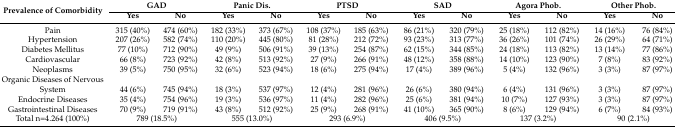
<table><thead><tr><td rowspan="2"><b>Prevalence of Comorbidity</b></td><td colspan="2"><b>GAD</b></td><td colspan="2"><b>Panic Dis.</b></td><td colspan="2"><b>PTSD</b></td><td colspan="2"><b>SAD</b></td><td colspan="2"><b>Agora Phob.</b></td><td colspan="2"><b>Other Phob.</b></td></tr><tr><td><b>Yes</b></td><td><b>No</b></td><td><b>Yes</b></td><td><b>No</b></td><td><b>Yes</b></td><td><b>No</b></td><td><b>Yes</b></td><td><b>No</b></td><td><b>Yes</b></td><td><b>No</b></td><td><b>Yes</b></td><td><b>No</b></td></tr></thead><tbody><tr><td>Pain</td><td>315 (40%)</td><td>474 (60%)</td><td>182 (33%)</td><td>373 (67%)</td><td>108 (37%)</td><td>185 (63%)</td><td>86 (21%)</td><td>320 (79%)</td><td>25 (18%)</td><td>112 (82%)</td><td>14 (16%)</td><td>76 (84%)</td></tr><tr><td>Hypertension</td><td>207 (26%)</td><td>582 (74%)</td><td>110 (20%)</td><td>445 (80%)</td><td>81 (28%)</td><td>212 (72%)</td><td>93 (23%)</td><td>313 (77%)</td><td>36 (26%)</td><td>101 (74%)</td><td>26 (29%)</td><td>64 (71%)</td></tr><tr><td>Diabetes Mellitus</td><td>77 (10%)</td><td>712 (90%)</td><td>49 (9%)</td><td>506 (91%)</td><td>39 (13%)</td><td>254 (87%)</td><td>62 (15%)</td><td>344 (85%)</td><td>24 (18%)</td><td>113 (82%)</td><td>13 (14%)</td><td>77 (86%)</td></tr><tr><td>Cardiovascular</td><td>66 (8%)</td><td>723 (92%)</td><td>42 (8%)</td><td>513 (92%)</td><td>27 (9%)</td><td>266 (91%)</td><td>48 (12%)</td><td>358 (88%)</td><td>14 (10%)</td><td>123 (90%)</td><td>7 (8%)</td><td>83 (92%)</td></tr><tr><td>Neoplasms</td><td>39 (5%)</td><td>750 (95%)</td><td>32 (6%)</td><td>523 (94%)</td><td>18 (6%)</td><td>275 (94%)</td><td>17 (4%)</td><td>389 (96%)</td><td>5 (4%)</td><td>132 (96%)</td><td>3 (3%)</td><td>87 (97%)</td></tr><tr><td>Organic Diseases of Nervous System</td><td>44 (6%)</td><td>745 (94%)</td><td>18 (3%)</td><td>537 (97%)</td><td>12 (4%)</td><td>281 (96%)</td><td>26 (6%)</td><td>380 (94%)</td><td>6 (4%)</td><td>131 (96%)</td><td>3 (3%)</td><td>87 (97%)</td></tr><tr><td>Endocrine Diseases</td><td>35 (4%)</td><td>754 (96%)</td><td>19 (3%)</td><td>536 (97%)</td><td>11 (4%)</td><td>282 (96%)</td><td>25 (6%)</td><td>381 (94%)</td><td>10 (7%)</td><td>127 (93%)</td><td>3 (3%)</td><td>87 (97%)</td></tr><tr><td>Gastrointestinal Diseases</td><td>70 (9%)</td><td>719 (91%)</td><td>43 (8%)</td><td>512 (92%)</td><td>25 (9%)</td><td>268 (91%)</td><td>41 (10%)</td><td>365 (90%)</td><td>8 (6%)</td><td>129 (94%)</td><td>6 (7%)</td><td>84 (93%)</td></tr><tr><td>Total n=4.264 (100%)</td><td colspan="2">789 (18.5%)</td><td colspan="2">555 (13.0%)</td><td colspan="2">293 (6.9%)</td><td colspan="2">406 (9.5%)</td><td colspan="2">137 (3.2%)</td><td colspan="2">90 (2.1%)</td></tr></tbody></table>